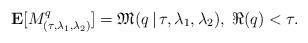
LaTeX: \begin{align*}{\bf E} [M_{(\tau, \lambda_1,\lambda_2)}^q] = \mathfrak{M}(q\,|\,\tau,\lambda_1,\lambda_2), \; \Re(q)<\tau.\end{align*}